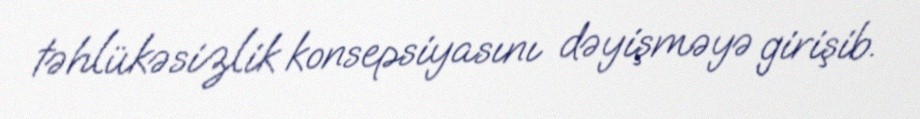
təhlükəsizlik konsepsiyasını dəyişməyə girişib.